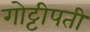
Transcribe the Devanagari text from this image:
गोट्टीपती